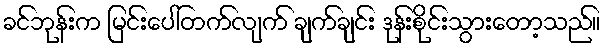
ခင်ဘုန်းက မြင်းပေါ်တက်လျက် ချက်ချင်း ဒုန်းစိုင်းသွားတော့သည်။